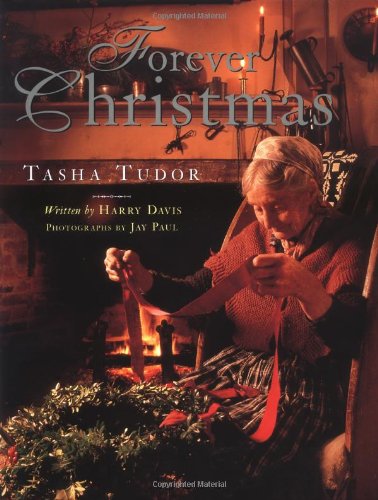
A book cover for Forever Christmas; Harry Davis; Cookbooks, Food & Wine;